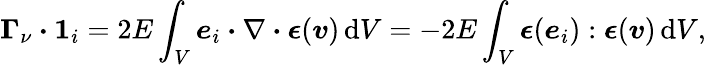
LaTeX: \boldsymbol{\Gamma}_{\nu}\boldsymbol{\cdot}\boldsymbol{1}_{i}=2E\int_{V}\boldsymbol{e}_{i}\boldsymbol{\cdot}\nabla\boldsymbol{\cdot}\boldsymbol{\epsilon}(\boldsymbol{v})\, \mathrm{d}V=-2E\int_{V}\boldsymbol{\epsilon}(\boldsymbol{e}_{i}):\boldsymbol{\epsilon}(\boldsymbol{v})\, \mathrm{d}V,